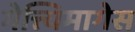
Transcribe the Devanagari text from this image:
गेत्त्यिमागेस